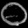
Digit: ၀